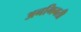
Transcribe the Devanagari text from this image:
अनगिनती